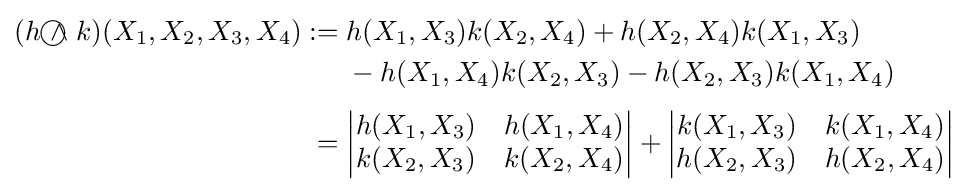
{\begin{aligned}(h{~\wedge \!\!\!\!\!\!\!\!\;\bigcirc ~}k)(X_{1},X_{2},X_{3},X_{4}):={}&h(X_{1},X_{3})k(X_{2},X_{4})+h(X_{2},X_{4})k(X_{1},X_{3})\\&{}-h(X_{1},X_{4})k(X_{2},X_{3})-h(X_{2},X_{3})k(X_{1},X_{4})\\[3pt]{}={}&{\begin{vmatrix}h(X_{1},X_{3})&h(X_{1},X_{4})\\k(X_{2},X_{3})&k(X_{2},X_{4})\end{vmatrix}}+{\begin{vmatrix}k(X_{1},X_{3})&k(X_{1},X_{4})\\h(X_{2},X_{3})&h(X_{2},X_{4})\end{vmatrix}}\end{aligned}}